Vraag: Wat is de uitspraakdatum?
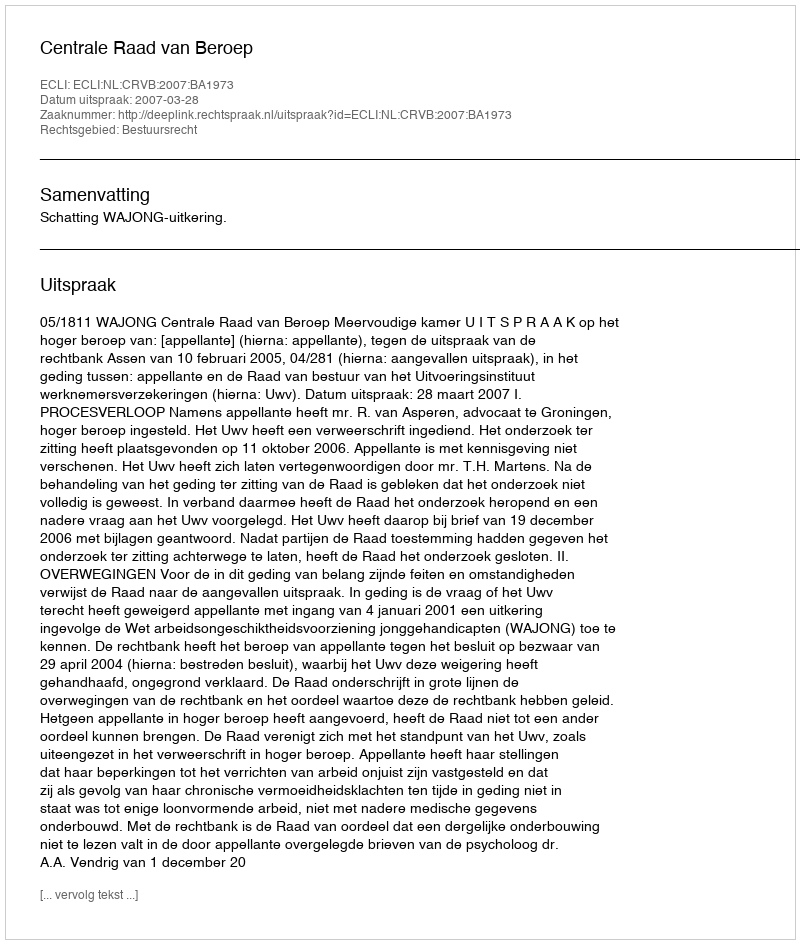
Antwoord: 2007-03-28